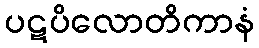
ပဋပိလောတိကာနံ